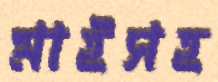
মাইসহ